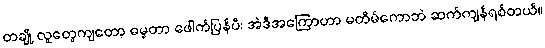
တချို့ လူတွေကျတော့ ဓမ္မတာ ဖေါက်ပြန်ပီး အဲဒီအကြောဟာ မတိမ်ကောဘဲ ဆက်ကျန်ရစ်တယ်။